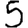
Digit: 5